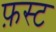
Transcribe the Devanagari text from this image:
फ़स्ट